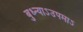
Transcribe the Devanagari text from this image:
बुध्न्याऽउपमाऽ